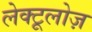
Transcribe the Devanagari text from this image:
लेक्टूलोज़